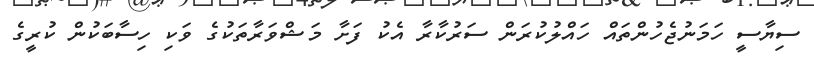
ސިޔާސީ ހަމަނުޖެހުންތައް ހައްލުކުރަން ސަރުކާރާ އެކު ފަށާ މަޝްވަރާތަކުގެ ވަކި ހިސާބަކުން ކުރީގެ